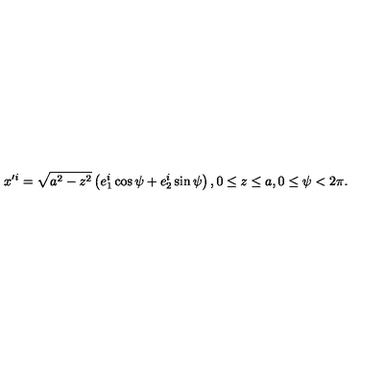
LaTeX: x ^ { \prime i } = \sqrt { a ^ { 2 } - z ^ { 2 } } \left( e _ { 1 } ^ { i } \cos \psi + e _ { 2 } ^ { i } \sin \psi \right) , 0 \leq z \leq a , 0 \leq \psi < 2 \pi .